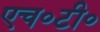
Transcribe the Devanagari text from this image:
एच०टी०